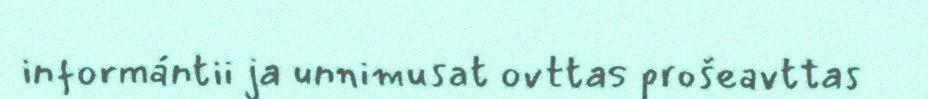
informántii ja unnimusat ovttas prošeavttas